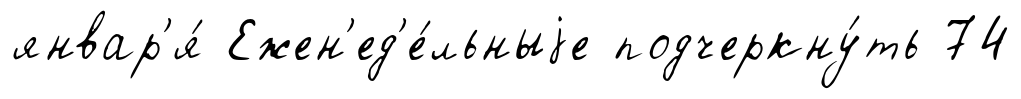
январ'я́ Ежен'ед'е́льныjе подчеркну́ть 74